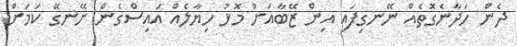
ދެން ހަދާނެގޮތެއް ނޭނގިފައި އިން ޒޭބާއަށް މޮޅު ހިޔާލެއް އައިސްގެން ނޭނގޭ ކަމަށް